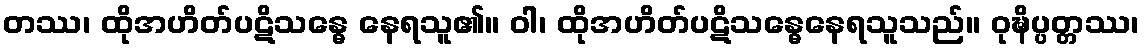
တဿ၊ ထိုအဟိတ်ပဋိသန္ဓေ နေရသူ၏။ ဝါ၊ ထိုအဟိတ်ပဋိသန္ဓေနေရသူသည်။ ဝုဍ္ဎိပ္ပတ္တဿ၊